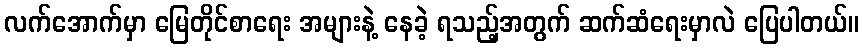
လက်အောက်မှာ မြေတိုင်စာရေး အများနဲ့ နေခဲ့ ရသည့်အတွက် ဆက်ဆံရေးမှာလဲ ပြေပါတယ်။